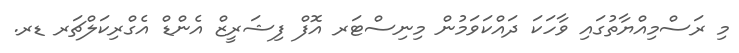
މި ރަސްމިއްޔާތުގައި ވާހަކަ ދައްކަވަމުން މިނިސްޓަރ އޮފް ފިޝަރީޒް އެންޑް އެގްރިކަލްޗަރ ޑރ.